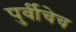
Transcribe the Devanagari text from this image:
पुर्वीचेच